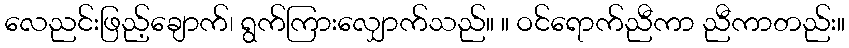
လေညင်းဖြည့်ချောက်၊ ရွက်ကြားလျှောက်သည်။ ။ ဝင်ရောက်ညီကာ ညီကာတည်း။